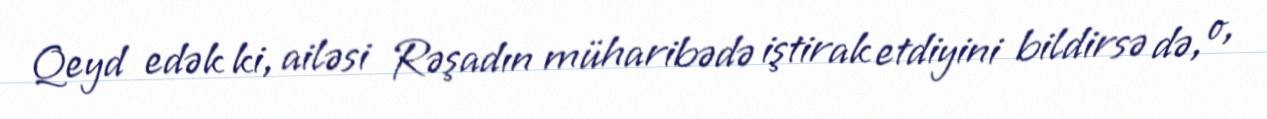
Qeyd edək ki, ailəsi Rəşadın müharibədə iştirak etdiyini bildirsə də, o,